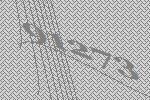
91273